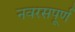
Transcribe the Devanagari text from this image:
नवरसपूर्ण